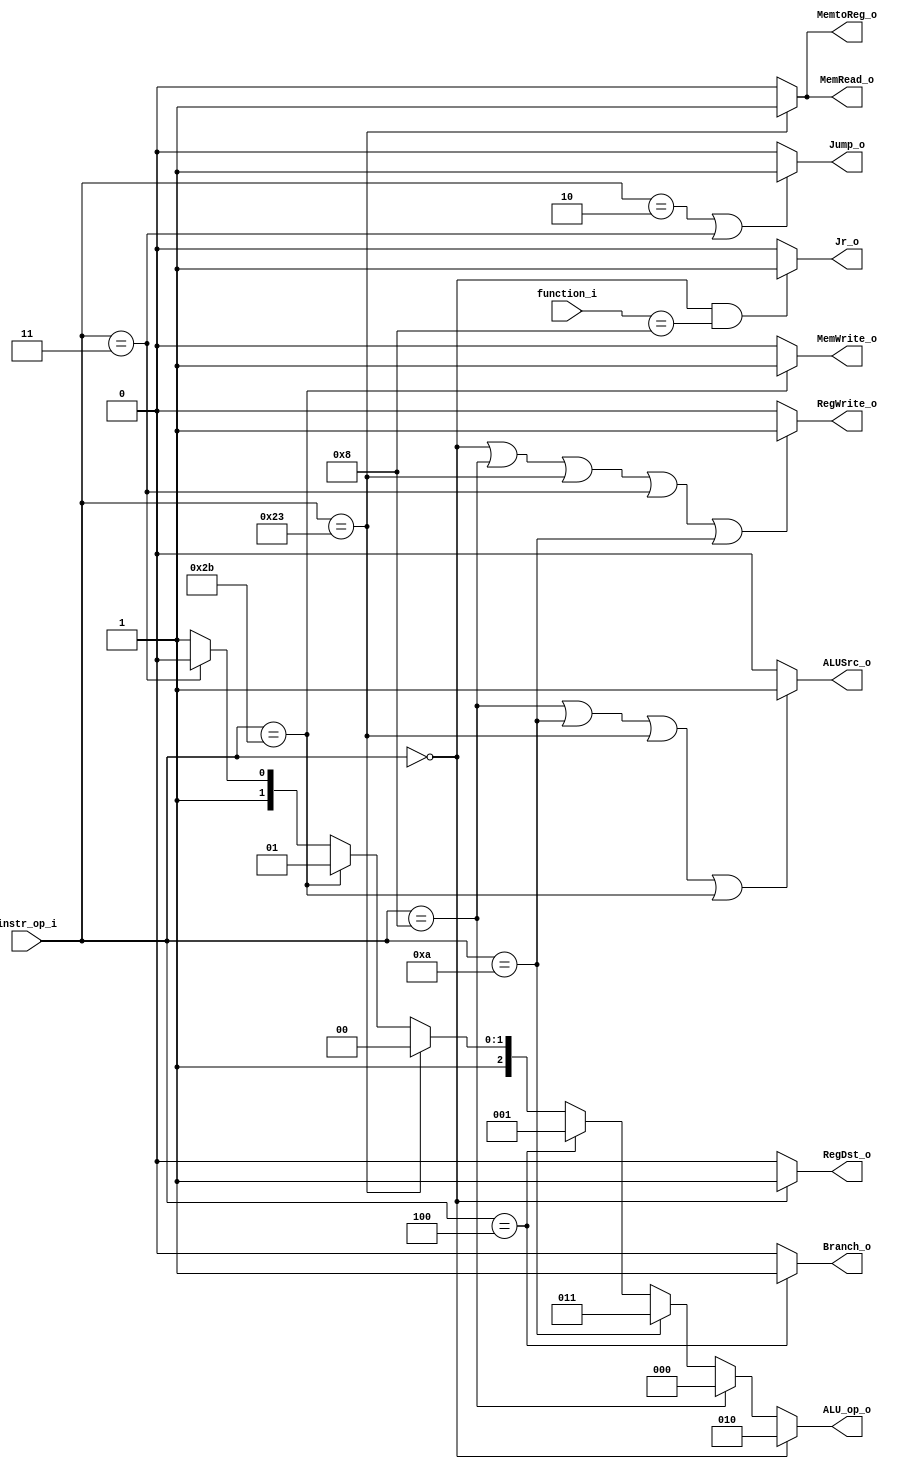
//0713216

//Subject:     CO project 2 - Decoder
//--------------------------------------------------------------------------------
//Version:     1
//--------------------------------------------------------------------------------
//Writer:      Luke
//----------------------------------------------
//----------------------------------------------
//Description: 
//--------------------------------------------------------------------------------

module Decoder(
    instr_op_i,
    function_i,
	RegWrite_o,
	ALU_op_o,
	ALUSrc_o,
	RegDst_o,
	Branch_o,
	Jump_o,
	MemRead_o,
	MemWrite_o,
	MemtoReg_o,
	Jr_o
	);
     
//I/O ports
input  [6-1:0] instr_op_i;
input  [6-1:0] function_i;

output         RegWrite_o;
output [3-1:0] ALU_op_o;
output         ALUSrc_o;
output         RegDst_o;
output         Branch_o;

output         Jump_o;
output         MemRead_o;
output         MemWrite_o;
output         MemtoReg_o;
output        Jr_o;
 
//Internal Signals
wire    [3-1:0] ALU_op_o;
wire            ALUSrc_o;
wire            RegWrite_o;
wire            RegDst_o;
wire            Branch_o;

wire            Jump_o;
wire            MemRead_o;
wire            MemWrite_o;
wire            MemtoReg_o;
wire            Jr_o;

//opcode
//000 000 <= R-type (add, sub, and, or slt, jal)
//001 000 <= addi
//001 010 <= slti
//000 100 <= beq
//100 011 <= lw
//101 011 <= sw
//000 010 <= jump
//000 011 <= jal

//Parameter
//1: R-type;  0: oterwise
assign RegDst_o = (instr_op_i == 6'b000000) ? 1'b1 : 1'b0;                                                      

//1: R-type, addi, lw, jal, slti;  0: beq
assign RegWrite_o = ((instr_op_i == 6'b000000) || (instr_op_i == 6'b001000) || (instr_op_i == 6'b100011) || (instr_op_i == 6'b000011) || (instr_op_i == 6'b001010)) ? 1'b1 : 1'b0;    

//1: beq;   0: oterwise
assign Branch_o = (instr_op_i == 6'b000100) ? 1'b1 : 1'b0; 

//1: addi, slti, lw, sw;   0: otherwise
assign ALUSrc_o = (instr_op_i == 6'b001000 || instr_op_i == 6'b001010  || instr_op_i == 6'b100011 || instr_op_i == 6'b101011) ? 1'b1 : 1'b0; 

//1: jump, jal;  0: otherwise
assign Jump_o= (instr_op_i == 6'b000010 || instr_op_i == 6'b000011) ? 1'b1 : 1'b0;
 
//1: lw;  0: otherwise
assign MemRead_o = (instr_op_i == 6'b100011) ? 1'b1 : 1'b0;

//1: sw;  0: otherwise
assign MemWrite_o = (instr_op_i == 6'b101011) ? 1'b1 : 1'b0;

//1: lw;  0: otherwise
assign MemtoReg_o = (instr_op_i == 6'b100011) ? 1'b1 : 1'b0;

//1:Jr  0:otherwise
assign Jr_o = (instr_op_i == 6'b000000 && function_i == 6'b001000) ? 1'b1 : 1'b0;

//ALU_op_o
//010 <= R-type
//000 <= addi
//011 <= slti
//001 <= beq
//100 <= lw
//101 <= sw
//110 <= jal
//111 <= otherwise (jump)

assign ALU_op_o = (instr_op_i == 6'b000000) ? 3'b010 :                                                    //010 <= R-type
                                (instr_op_i == 6'b001000) ? 3'b000 :                                      //000 <= addi
								(instr_op_i == 6'b001010) ? 3'b011 :                                      //011 <= slti
								(instr_op_i == 6'b000100) ? 3'b001 :                                      //001 <= beq
								(instr_op_i == 6'b100011) ? 3'b100 :                                      //100 <= lw
								(instr_op_i == 6'b101011) ? 3'b101 :                                      //101 <= sw 
								(instr_op_i == 6'b000011) ? 3'b110 : 3'b111;                             //110 <= jal    111 <= otherwise (jump)
							//	(instr_op_i == 6'b001000) ? 3'b000 :                                     

//Main function

endmodule